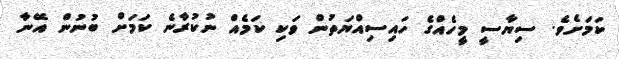
ކަމަށެވެ. ސިޔާސީ މީހެއްގެ ހައިސިއްޔަތުން ވަކި ކަމެއް ނުކުރާނެ ކަމަށް ބުނުން އޭނާ